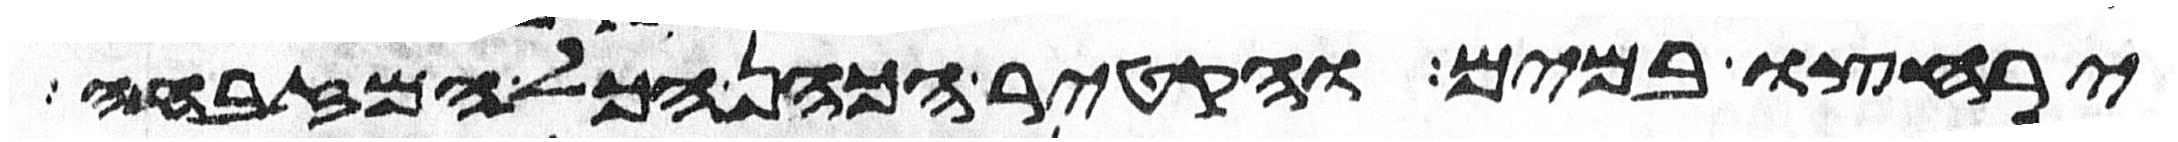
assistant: ירחצו במים והקטיר הכהן הכל המזבחה